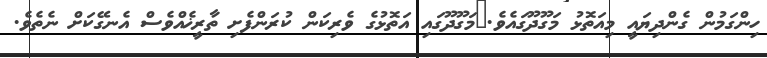
ހިންގަމުން ގެންދިޔައީ މިއަތޮޅު މަގޫދޫގައެވެ.	މަގޫދޫގައި އަތޮޅުގެ ވެރިކަން ކުރަންފެށި ތާރީޚެއްވެސް އެނގޭކަށް ނެތެވެ.